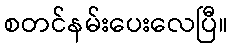
စတင်နမ်းပေးလေပြီ။